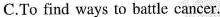
C.To find ways to battle cancer.